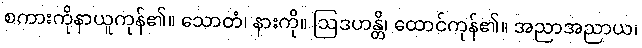
စကားကိုနာယူကုန်၏။ သောတံ၊ နားကို။ ဩဒဟန္တိ၊ ထောင်ကုန်၏။ အညာအညာယ၊